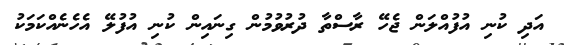
އަދި ކުނި އުފުއްލަން ޖެހޭ ރާސްތާ ދުރުވުމުން ގިނައިން ކުނި އުފުލޭ އެހެނެއްކަމަކު